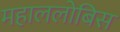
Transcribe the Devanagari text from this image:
महाललोबिस